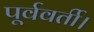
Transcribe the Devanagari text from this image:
पूर्ववर्ती।